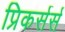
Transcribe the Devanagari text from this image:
प्रिकर्सर्स